Scottish Leaving Certificate Examination, 1958
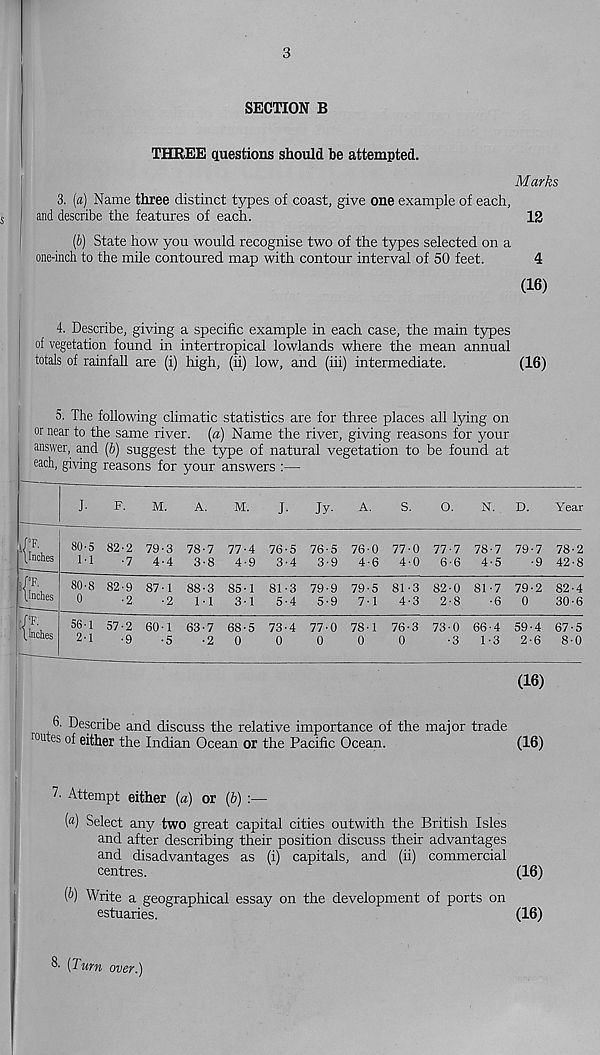
3
SECTION B
THREE questions should be attempted.
Marks
3. (a) Name three distinct types of coast, give one example of each,
and describe the features of each.
12
(b) State how you would recognise two of the types selected on a
one-inch to the mile contoured map with contour interval of 50 feet.
4
(16)
4. Describe, giving a specific example in each case, the main types
of vegetation found in intertropical lowlands where the mean annual
totals of rainfall are (i) high, (ii) low, and (iii) intermediate.
(16)
5. The following climatic statistics are for three places all lying on
or near to the same river, (a) Name the river, giving reasons for your
answer, and (b) suggest the type of natural vegetation to be found at
each, giving reasons for your answers :—
F.
M.
A.
M.
J-
Jy-
A.
S.
o.
N. D.
Year
J"F.
(Inches
80-5 82-2 79-3 78-7 77-4
1'1
-7 4-4 3-8 4-9
76-5 76-5 76-0 77-0
3-4 3-9 4-6 4-0
77-7 78-7 79-7 78-2
6-6 4-5
-9 42-8
PF.
(Inc Inches
80-8 82-9 87-1
0
-2
-2
88-3 85-1
11 3-1
81-3 79-9 79-5
5-4 5-9 7-1
81-3
4-3
82-0
2-8
81-7 79-2 82-4
•6 0
30-6
’f:
Inches
56-1
2-1
57-2 60-1
•9
-5
63-7 68-5
•2 0
73-4
0
77-0
0
78'1
0
76-3
0
73-0 66-4
•3 1-3
59-4 67-5
2-6 8-0
(16)
6. Describe and discuss the relative importance of the major trade
mutes of either the Indian Ocean or the Pacific Ocean.
(16)
7 - Attempt either (a) or (b) :—
(«) Select any two great capital cities outwith the British Isles
and after describing their position discuss their advantages
and disadvantages as (i) capitals, and (ii) commercial
centres.
(16)
(b) Write a geographical essay on the development of ports on
estuaries.
(16)
& [Turn over.)